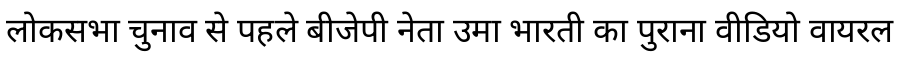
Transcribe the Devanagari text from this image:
लोकसभा चुनाव से पहले बीजेपी नेता उमा भारती का पुराना वीडियो वायरल